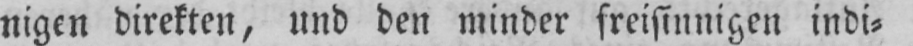
nigen direkten, und den minder freisinnigen indi⸗